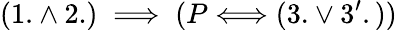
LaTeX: (1.\land 2.)\implies(P\Longleftrightarrow(3.\lor 3^{\prime}.))